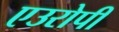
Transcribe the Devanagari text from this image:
एउरोपी